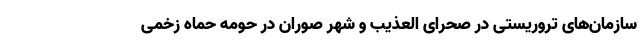
سازمان‌های تروریستی در صحرای العذیب و شهر صوران در حومه حماه زخمی